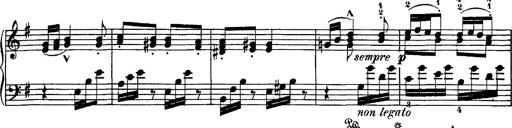
Title: Hungarian Rhapsody No.7
Composer: Franz Liszt
Key: D minor